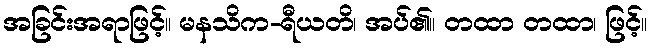
အခြင်းအရာဖြင့်။ မနသိက-ရီယတိ၊ အပ်၏။ တထာ တထာ၊ ဖြင့်။